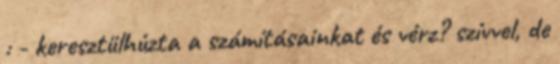
: - keresztülhúzta a számításainkat és vérz? szívvel, de